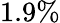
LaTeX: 1.9\%